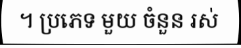
។ ប្រភេទ មួយ ចំនួន រស់